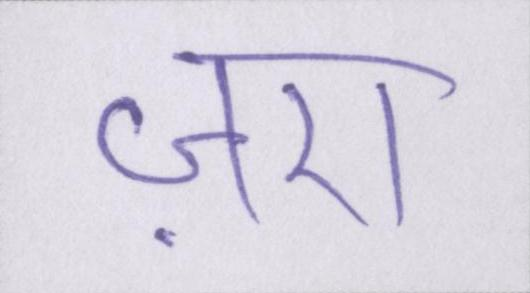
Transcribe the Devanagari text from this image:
ज़रा